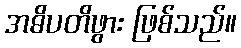
အဓိပတိဖွား ဖြစ်သည်။